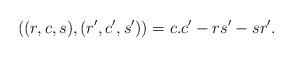
LaTeX: \begin{align*}\left( (r,c,s),(r',c',s') \right) = c.c' - rs' - sr'.\end{align*}